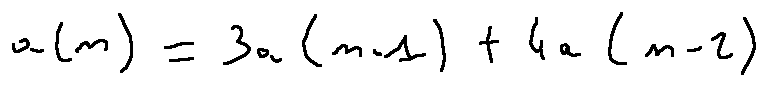
a ( n ) = 3 a ( n - 1 ) + 4 a ( n - 2 )